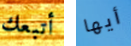
أتبعك أيها